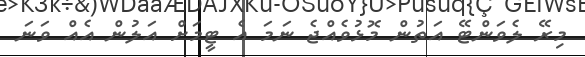
މިރޭ ލެވަންޓޭ އަތުން މޮޅުވެއްޖެ ނަމަ އެ ޓީމަށް އަލުން އެއް ވަނަ